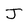
Character: J